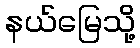
နယ်မြေသို့